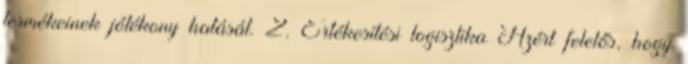
termékeinek jótékony hatását. 2. Értékesítési logisztika Azért felelős, hogy